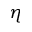
\eta